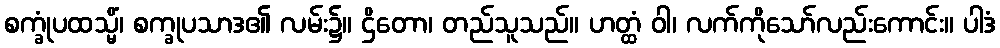
စက္ခုံပထသ္မိံ၊ စက္ခုပသာဒ၏ လမ်း၌။ ဌိတော၊ တည်သူသည်။ ဟတ္ထံ ဝါ၊ လက်ကိုသော်လည်းကောင်း။ ပါဒံ